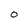
Character: O